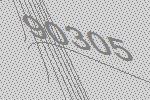
90305